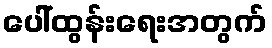
ပေါ်ထွန်းရေးအတွက်